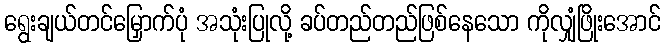
ရွေးချယ်တင်မြှောက်ပုံ အသုံးပြုလို့ ခပ်တည်တည်ဖြစ်နေသော ကိုလျှံဖြိုးအောင်